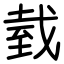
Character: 臷